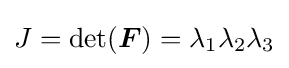
J=\det({\boldsymbol {F}})=\lambda _{1}\lambda _{2}\lambda _{3}